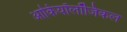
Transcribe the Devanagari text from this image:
आर्कियॉलॉजिकल